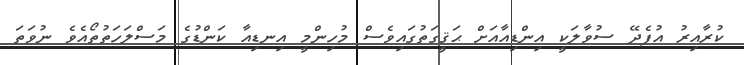
ކުރާއިރު އުފެދޭ ސުވާލަކީ އިންޑިއާއަށް ޙަޤީގަތުގައިވެސް މުހިންމީ އިނޑިއާ ކަންޑުގެ މަސްލަހަތުތޯއެވެ ނުވަތަ